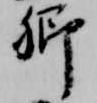
卿